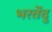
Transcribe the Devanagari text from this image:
भरतेंदु